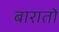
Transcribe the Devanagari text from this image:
बारातों